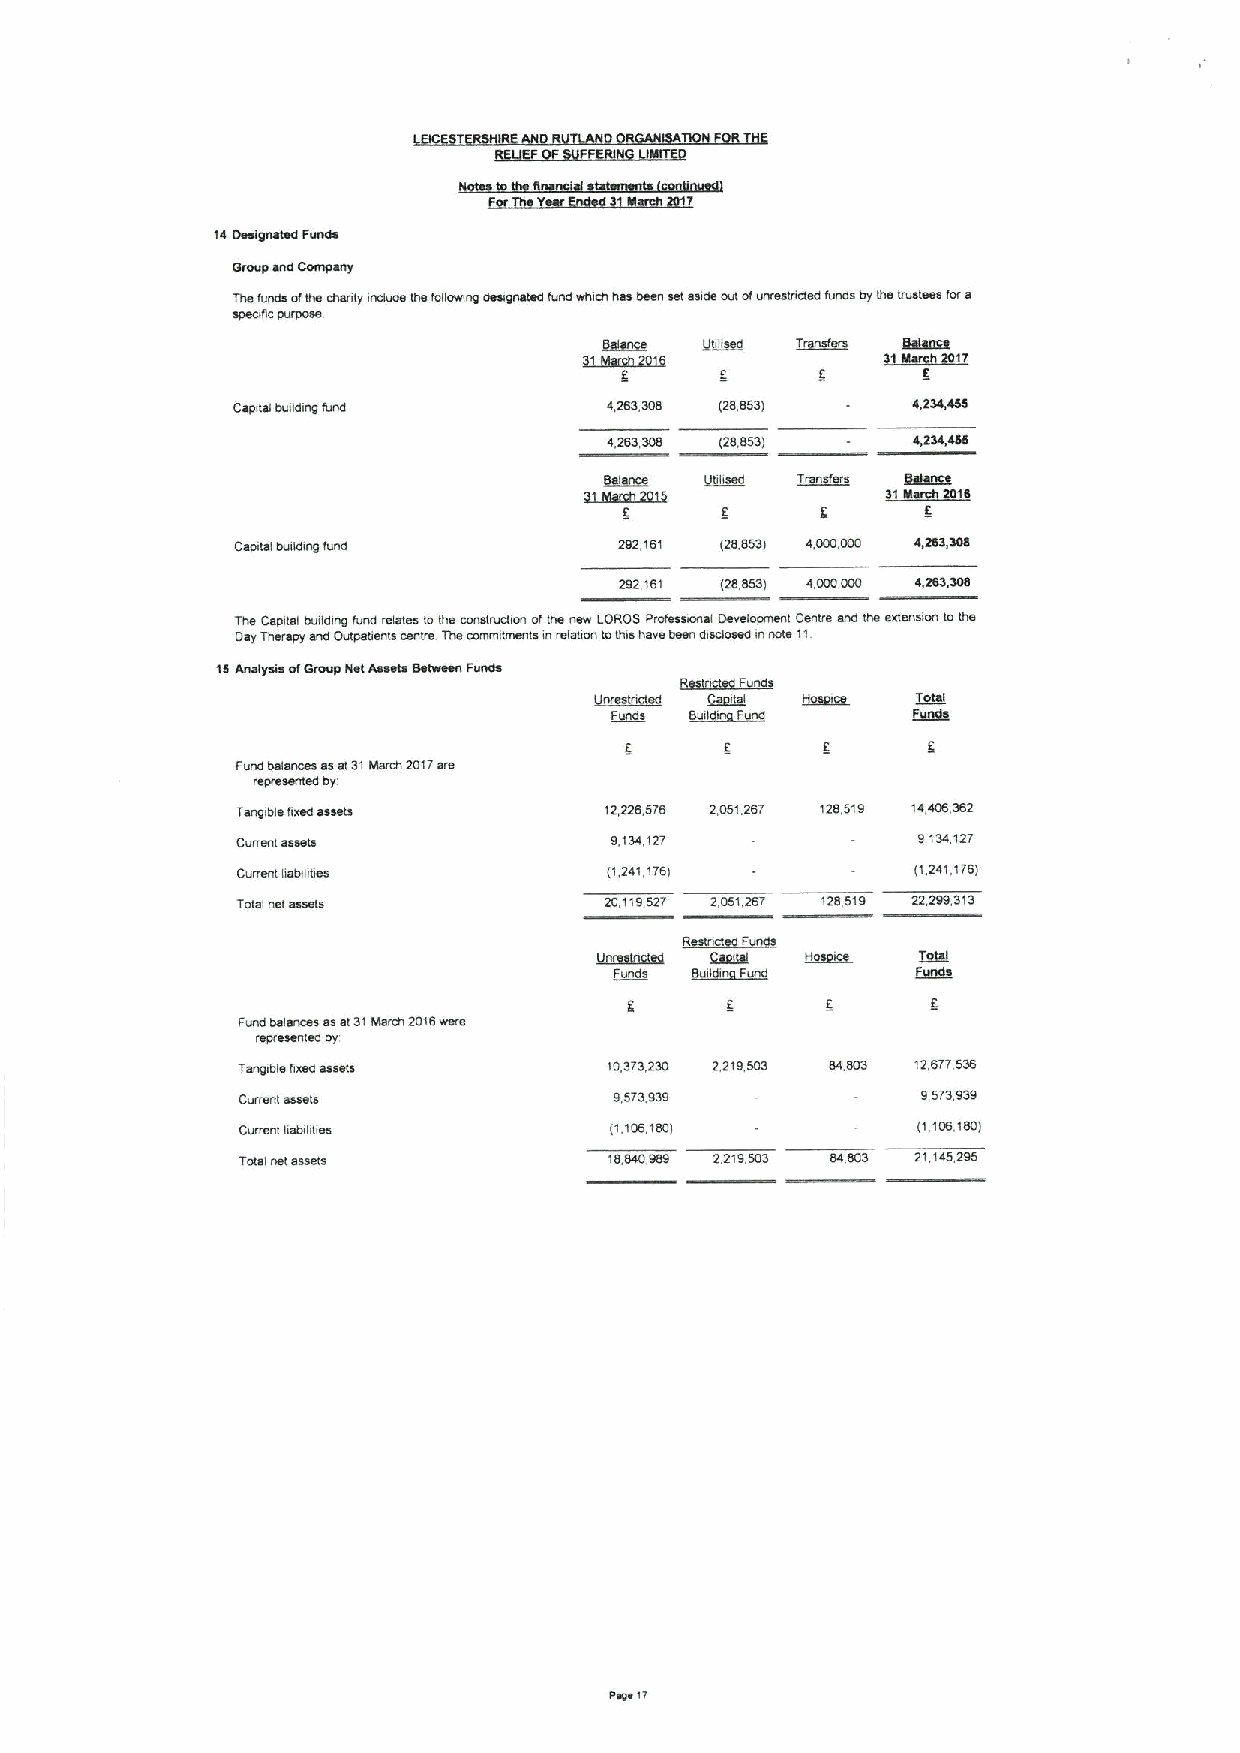
lP oeafousrsP drfuP~
 5«Nfd sup JYN«de«
 L48 srupswsa pnxf)L eretsea xpsossuo pssfoustsp lnup a«ro«uss qseuaxsspsofpoI nuufsexsep srupsqJera mrawsaux8
 sdsoJIP dnfdoss
 IIIISSO      w~
 19
 08ds81 lsrpplll5Jlxlp    PZSC'COS )zS'CSE(    8'ZCP'PSS
 8ZSEcoS )zS'SSE(     8'ZCP'899
 'SISO!Ri     Jpu«WS)S ls)wcR
 CJ0019
 oadprS INIPPIUOJO«p      Z6Z'191 )ZS'SSE( 8'OOO'OOO
 ZCZ'191 )zS'9sc( 8'ooooco 8'zsc'coe
 xua oalsnp qnrlpf«6I up slaeslo sre ooalurwoUoJ148 ua« qof)oc duxessouai ossal«drus«I osuxa sup lue esle«sI«« lo018
 oet cqealo sup ofsdsirsuls ne«xe zue oxuueusulsru felwfoulofulsuexs fasu pfsposepfu uole11
 19 aualxsf~oJ ouxrd waI flsssls welaasu dnups
 d up~
 ut~     fffo         IIII
 dlappa SIIII       ZISSCS
 dnap ssis«naseselCI WsfouzotLafa
 fsfxeseu)spqL
 ca«5lqlsJlxap aseas     IZZZ9'SL9 ZOSIZSL 1zB'S16 lP'109E9Z
 OOJIIIUI8SSSIS           6'ICP'.lzL          6IEPIZL
 olffxas080IPNIS         )I'ZPI'119(         )I ZPIIL9(
 LOISIUSIasse)S          ZO'116SZL Z'OSIZSL IZC'S16 ZZ'zdC'ctC
 si«OS
 u      5II(S HIII55  ISWI
 JOUps              (889
 dffup lxseufases81cl wauUzol9xafs
 fsdfasefssplrJ
 LS«ldqleexep sssds       lO'CLC'ZCO ZZ16SOE SPOOC IZ'SLL'SCS
 on«eW esssls             6'SLC'CC6           6CLE'666
 on«a«1 qelrflraes       ll'109160(           )I'IOS'ISO(
 10181«81 eesals         l6'SPO666 ZZ16SOE SP'COC zl'IPS'ZSS
 da 11